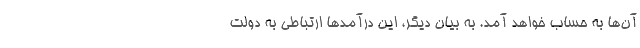
آن‌ها به حساب خواهد آمد. به بیان دیگر، این درآمدها ارتباطی به دولت